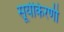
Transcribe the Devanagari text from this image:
सूर्यकिरणी